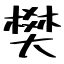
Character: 樊